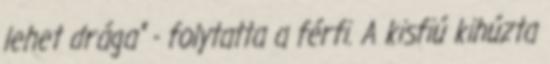
lehet drága" - folytatta a férfi. A kisfiú kihúzta